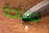
بساحة